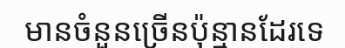
មានចំនួនច្រើនប៉ុន្មានដែរទេ